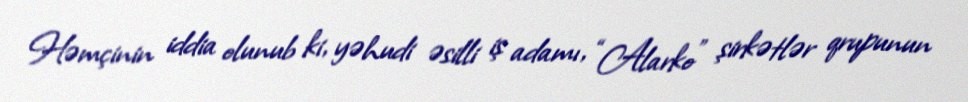
Həmçinin iddia olunub ki, yəhudi əsilli iş adamı, “Alarko” şirkətlər qrupunun